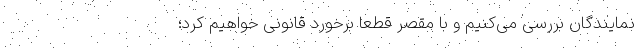
نمایندگان بررسی می‌کنیم و با مقصر قطعاً برخورد قانونی خواهیم کرد؛